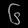
Digit: ၆